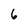
Character: 6